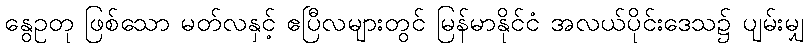
နွေဥတု ဖြစ်သော မတ်လနှင့် ဧပြီလများတွင် မြန်မာနိုင်ငံ အလယ်ပိုင်းဒေသ၌ ပျမ်းမျှ